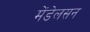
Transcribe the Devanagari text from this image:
मेंडेलसन